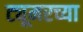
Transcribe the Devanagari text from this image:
ट्यूमरच्या